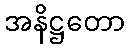
အနိဋ္ဌတော